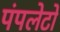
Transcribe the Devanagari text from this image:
पंपलेटों